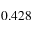
0 . 4 2 8